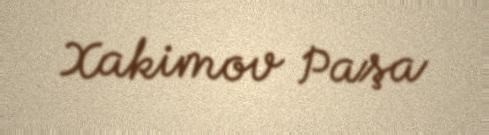
Xakimov Paşa